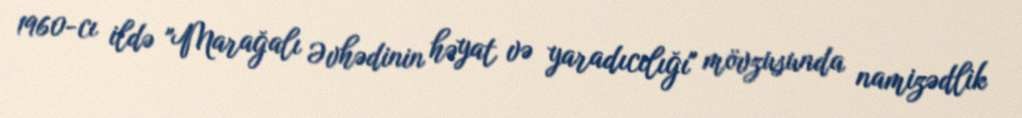
1960-cı ildə "Marağalı Əvhədinin həyat və yaradıcılığı" mövzusunda namizədlik